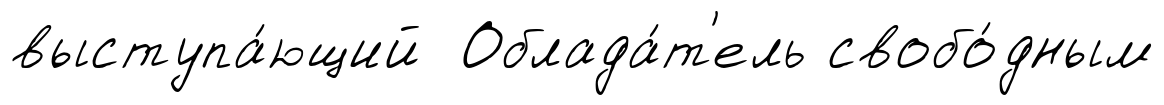
выступа́ющий Облада́т'ель свобо́дным